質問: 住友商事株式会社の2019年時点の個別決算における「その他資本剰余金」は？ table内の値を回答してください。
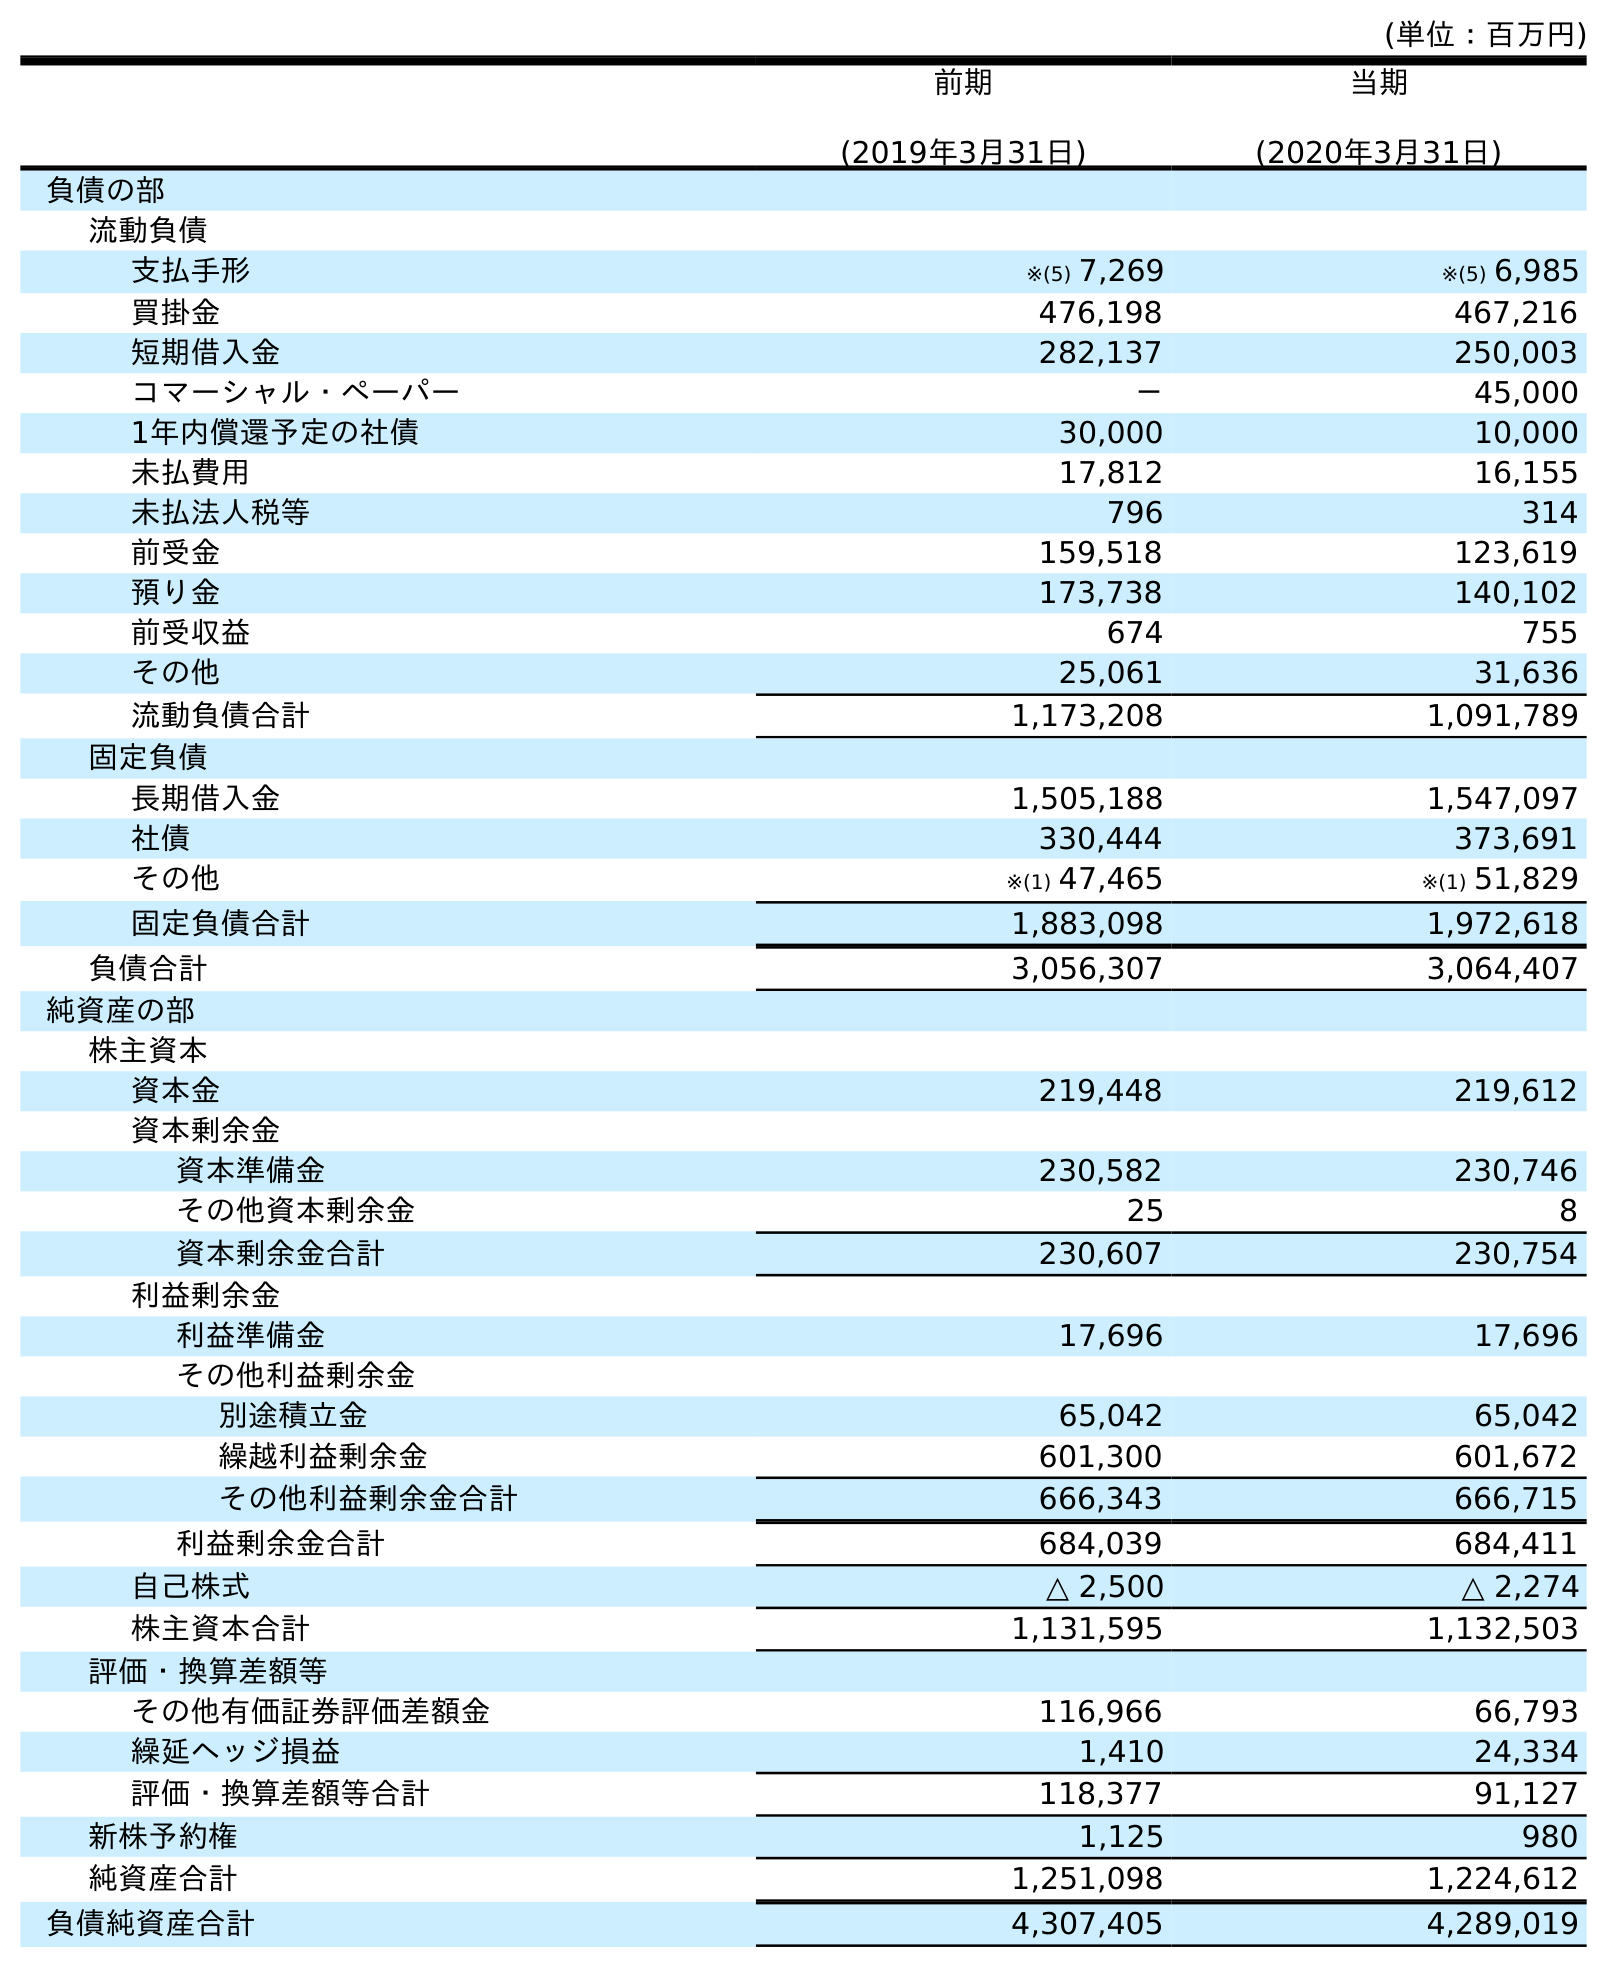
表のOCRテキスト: (単位：百万円) 前期 (2019年3月31日) 当期 (2020年3月31日) 負債の部 流動負債 支払手形 ※(5) 7,269 ※(5) 6,985 買掛金 476,198 467,216 短期借入金 282,137 250,003 コマーシャル・ペーパー － 45,000 1年内償還予定の社債 30,000 10,000 未払費用 17,812 16,155 未払法人税等 796 314 前受金 159,518 123,619 預り金 173,738 140,102 前受収益 674 755 その他 25,061 31,636 流動負債合計 1,173,208 1,091,789 固定負債 長期借入金 1,505,188 1,547,097 社債 330,444 373,691 その他 ※(1) 47,465 ※(1) 51,829 固定負債合計 1,883,098 1,972,618 負債合計 3,056,307 3,064,407 純資産の部 株主資本 資本金 219,448 219,612 資本剰余金 資本準備金 230,582 230,746 その他資本剰余金 25 8 資本剰余金合計 230,607 230,754 利益剰余金 利益準備金 17,696 17,696 その他利益剰余金 別途積立金 65,042 65,042 繰越利益剰余金 601,300 601,672 その他利益剰余金合計 666,343 666,715 利益剰余金合計 684,039 684,411 自己株式 △ 2,500 △ 2,274 株主資本合計 1,131,595 1,132,503 評価・換算差額等 その他有価証券評価差額金 116,966 66,793 繰延ヘッジ損益 1,410 24,334 評価・換算差額等合計 118,377 91,127 新株予約権 1,125 980 純資産合計 1,251,098 1,224,612 負債純資産合計 4,307,405 4,289,019
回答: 25